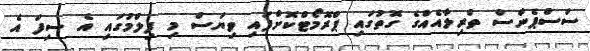
ސަސްޕެންސް ތްރިލާއެއްގެ ގޮތުގައި ޕްރޮމޯޓްކޮށްފައި ވިޔަސް މި ފިލްމުގައި އެ ސިފަ އެ